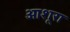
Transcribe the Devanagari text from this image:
आशूरा